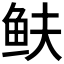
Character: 𩽺